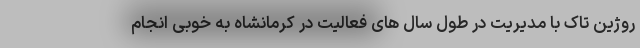
روژین تاک با مدیریت در طول سال های فعالیت در کرمانشاه به خوبی انجام